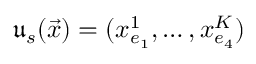
\mathfrak { u } _ { s } ( \vec { x } ) = ( x _ { e _ { 1 } } ^ { 1 } , \dots , x _ { e _ { 4 } } ^ { K } )